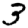
Digit: 3